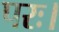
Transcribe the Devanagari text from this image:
परः।